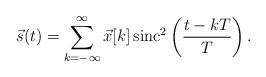
LaTeX: \begin{align*}\vec{s}(t) = \sum_{k = -\infty}^{\infty} \vec{x}[k] \, \mathrm{sinc}^2\left(\frac{t-kT}{T}\right).\end{align*}